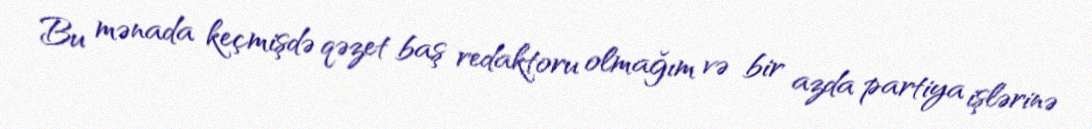
Bu mənada keçmişdə qəzet baş redaktoru olmağım və bir azda partiya işlərinə